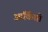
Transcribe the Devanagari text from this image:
आर्किवो